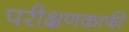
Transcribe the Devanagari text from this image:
परीक्षणकाफी